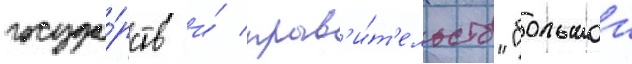
госуда́рств и́ прав'и́т'ельств "большои